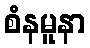
စံနမူနာ